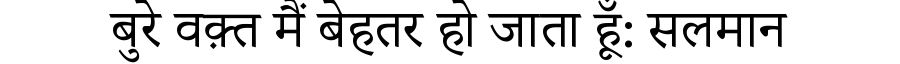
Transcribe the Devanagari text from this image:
बुरे वक़्त मैं बेहतर हो जाता हूँ: सलमान